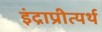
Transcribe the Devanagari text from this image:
इंद्राप्रीत्यर्थ